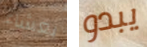
بعشاء يبدو